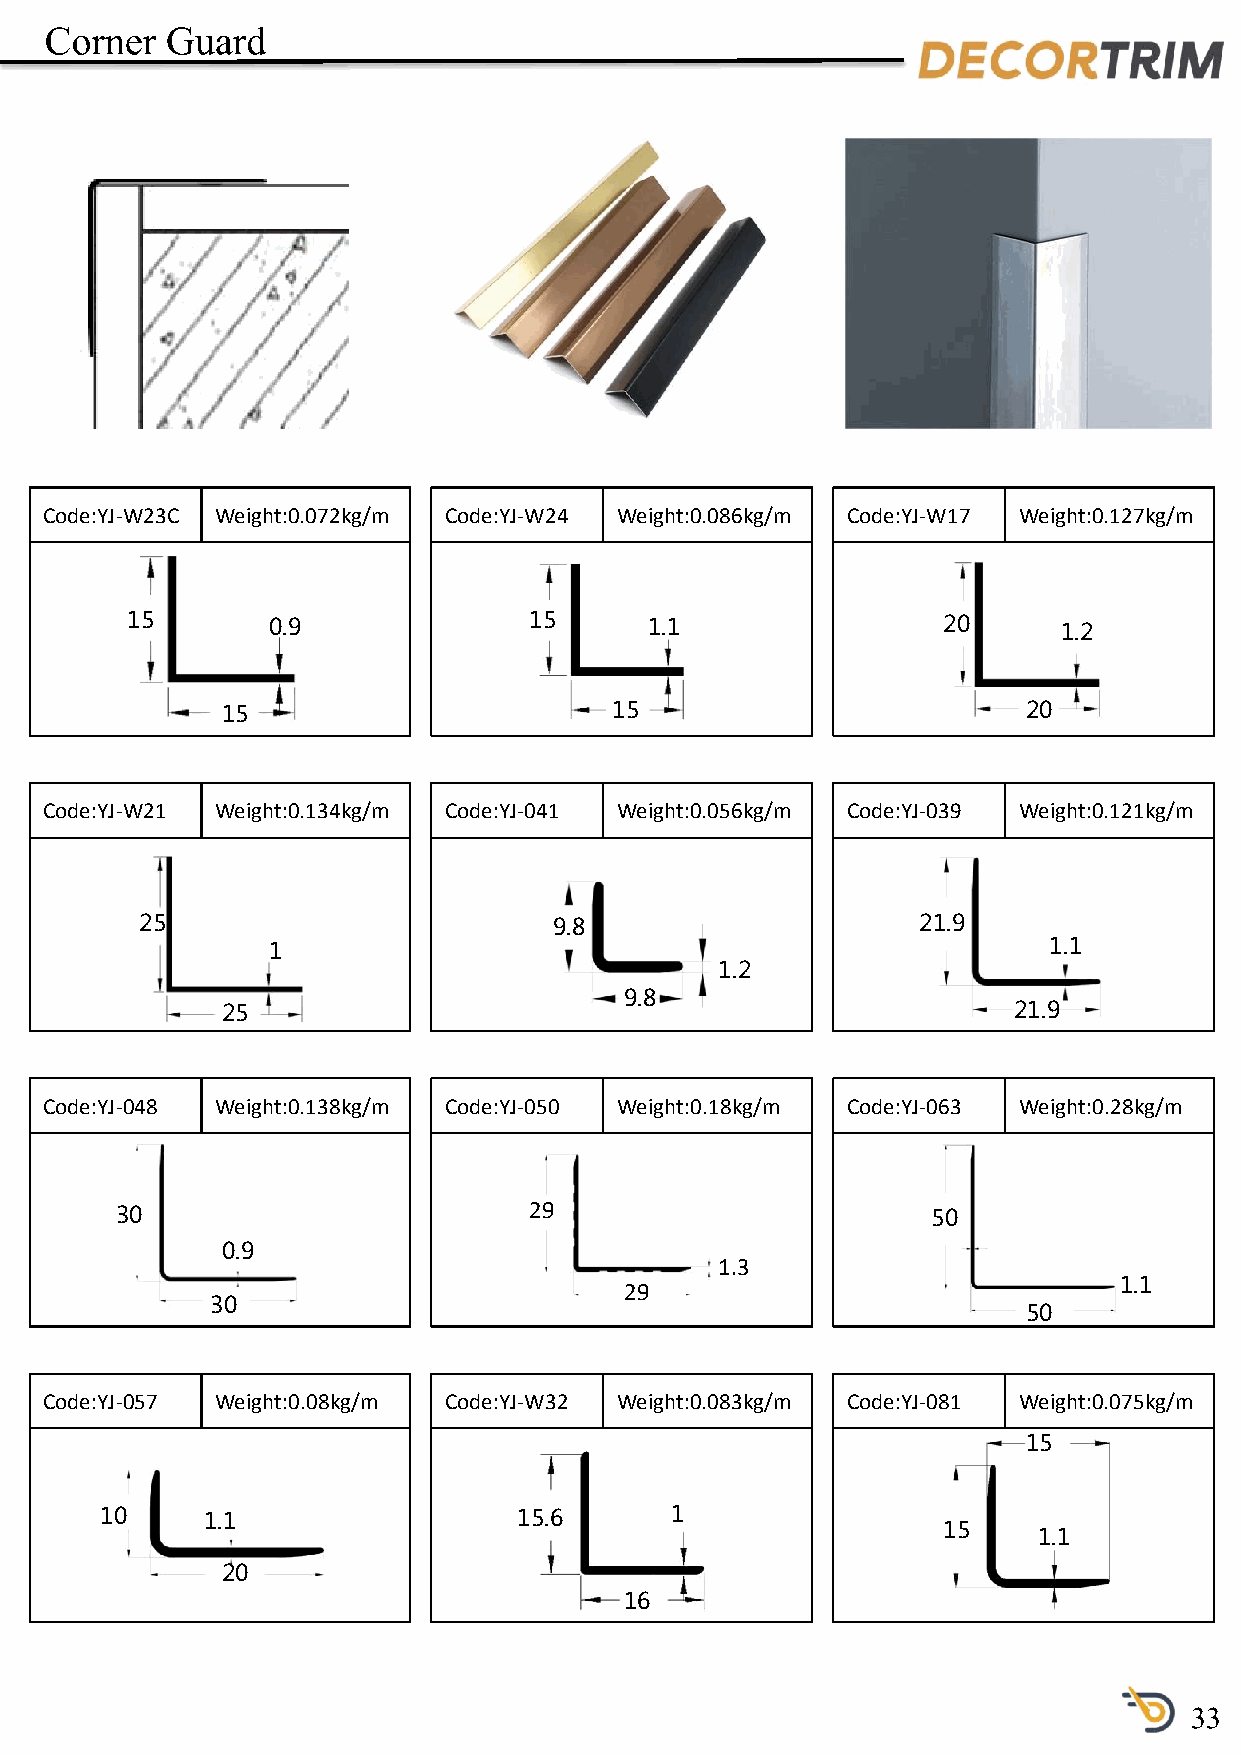
Corner  Guard
 Code:YJ-W23C Weight:0.072kg/m Code:YJ-W24 Weight:0.086kg/m Code:YJ-W17 Weight:0.127kg/m
 15        0.9              15      1.1                20      1.2
 15                       15                          20
 Code:YJ-W21 Weight:0.134kg/m Code:YJ-041 Weight:0.056kg/m Code:YJ-039 Weight:0.121kg/m
 25                          9.8                     21.9
 1                                                  1.1
 1.2
 9.8
 25                                                  21.9
 Code:YJ-048 Weight:0.138kg/m Code:YJ-050 Weight:0.18kg/m Code:YJ-063 Weight:0.28kg/m
 29
 30                                                    50
 0.9
 1.3
 29                               1.1
 30
 50
 Code:YJ-057 Weight:0.08kg/m Code:YJ-W32 Weight:0.083kg/m Code:YJ-081 Weight:0.075kg/m
 15
 10     1.1                 15.6      1
 15
 1.1
 20
 16
 33